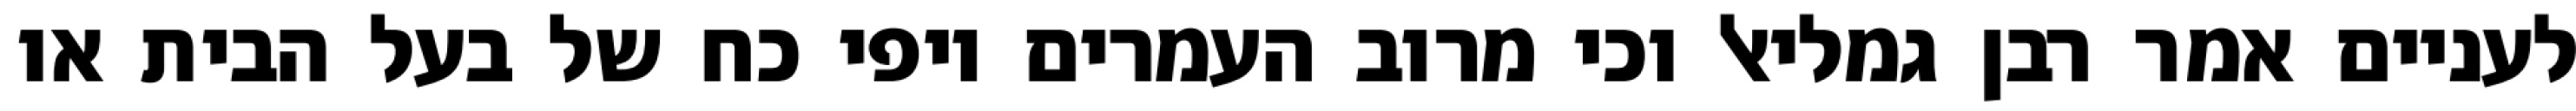
לעניים אמר רבן גמליאל וכי מרוב העמרים יופי כח של בעל הבית או